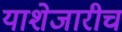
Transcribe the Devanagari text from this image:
याशेजारीच